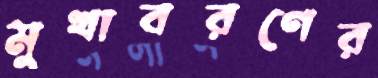
মুখাবরণের